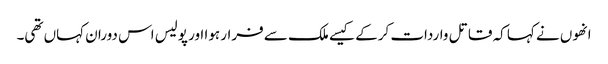
انھوں نے کہا کہ قاتل واردات کرکے کیسے ملک سے فرار ہوا اور پولیس اس دوران کہاں تھی۔